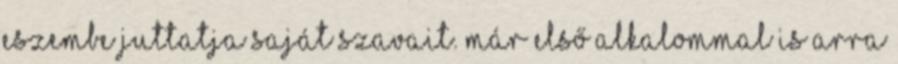
eszembe juttatja saját szavait. Már első alkalommal is arra